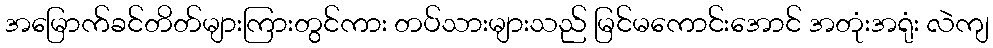
အမြောက်ခင်တိတ်များကြားတွင်ကား တပ်သားများသည် မြင်မကောင်းအောင် အတုံးအရုံး လဲကျ